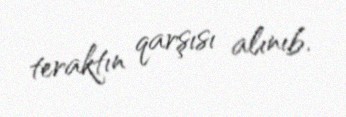
teraktın qarşısı alınıb.